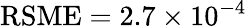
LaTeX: \operatorname{RSME}=2.7\times 10^{-4}